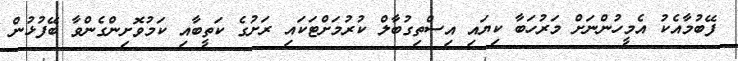
ފޭބުމާއެކު އެމީހުންނަށް މަރުހަބާ ކިޔައި އިސްތިގުބާލް ކުރުމަށްޓަކައި ރަށުގެ ކަތީބާއި ކަމުވޮށިންގެންވާ ބޭފުޅުން